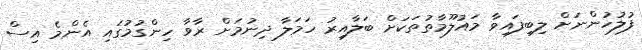
ފުލުހުންނަށް ލިބިފައިވާ މައުލޫމާތުތަކަށް ބަލާއިރު ހަމަލާ ދިނުމަށް ރާވާ ހިންގުމުގައި އެންމެ އިސް